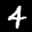
Label: 4